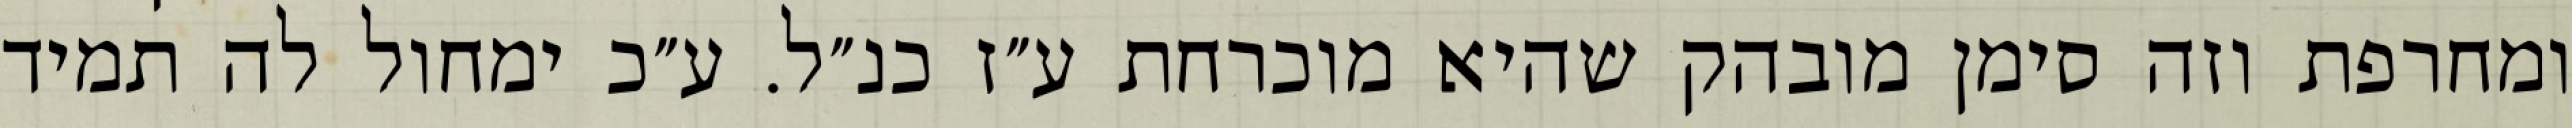
ומחרפת וזה סימן מובהק שהיא מוכרחת ע״ז כנ״ל. ע״כ ימחול לה תמיד